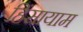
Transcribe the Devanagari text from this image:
हिंसायाम